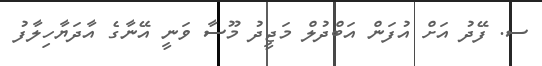
ސ. ފޭދު އަށް އުފަން އަބްދުލް މަޖީދު މޫސާ ވަނީ އޭނާގެ އާދަޔާހިލާފު